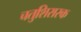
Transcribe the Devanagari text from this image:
चतुशिरास्क